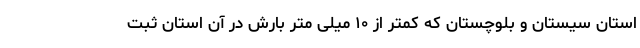
استان سیستان و بلوچستان که کمتر از ۱۰ میلی متر بارش در آن استان ثبت